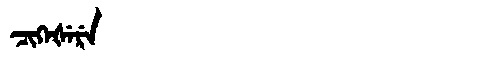
Manchu: ᠴᡳᡴᡝᡧᡝᡵᡝ
Romanization: CIKEŠERE